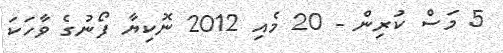
5 މަސް ކުރިން - 20 މެއި 2012 ނޮކިޔާ ފޯނުގެ ވާހަކަ